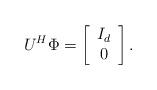
LaTeX: \begin{align*}U^H\Phi=\left[\begin{array}{c} I_{d}\\0 \end{array}\right].\end{align*}